Indian journal of veterinary science and animal husbandry - Volume 12,
Year: 1942
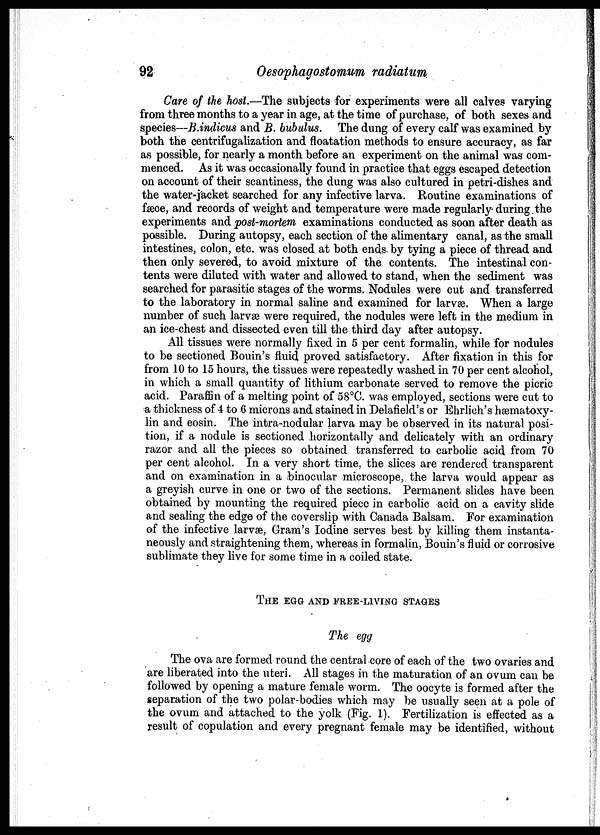
92
Oesophagostomum radiatum
Care of the host.—The subjects for experiments were all calves varying
from three months to a year in age, at the time of purchase, of both sexes and
species—B.indicus and B. bubulus. The dung of every calf was examined by
both the centrifugalization and floatation methods to ensure accuracy, as far
as possible, for nearly a month before an experiment on the animal was com-
menced. As it was occasionally found in practice that eggs escaped detection
on account of their scantiness, the dung was also cultured in petri-dishes and
the water-jacket searched for any infective larva. Routine examinations of
fæce, and records of weight and temperature were made regularly during the
experiments and post-mortem, examinations conducted as soon after death as
possible. During autopsy, each section of the alimentary canal, as the small
intestines, colon, etc. was closed at both ends by tying a piece of thread and
then only severed, to avoid mixture of the contents. The intestinal con-
tents were diluted with water and allowed to stand, when the sediment was
searched for parasitic stages of the worms. Nodules were cut and transferred
to the laboratory in normal saline and examined for larvæ. When a large
number of such larvæ were required, the nodules were left in the medium in
an ice-chest and dissected even till the third day after autopsy.
All tissues were normally fixed in 5 per cent formalin, while for nodules
to be sectioned Bouin's fluid proved satisfactory. After fixation in this for
from 10 to 15 hours, the tissues were repeatedly washed in 70 per cent alcohol,
in which a small quantity of lithium carbonate served to remove the picric
acid. Paraffin of a melting point of 58°C. was employed, sections were cut to
a thickness of 4 to 6 microns and stained in Delafield's or Ehrlich's hæmatoxy-
lin and eosin. The intra-nodular larva may be observed in its natural posi-
tion, if a nodule is sectioned horizontally and delicately with an ordinary
razor and all the pieces so obtained transferred to carbolic acid from 70
per cent alcohol. In a very short time, the slices are rendered transparent
and on examination in a binocular microscope, the larva would appear as
a greyish curve in one or two of the sections. Permanent slides have been
obtained by mounting the required piece in carbolic acid on a cavity slide
and sealing the edge of the coverslip with Canada Balsam. For examination
of the infective larvæ, Gram's Iodine serves best by killing them instanta-
neously and straightening them, whereas in formalin, Bouin's fluid or corrosive
sublimate they live for some time in a coiled state.
THE EGG AND FREE-LIVING STAGES
The egg
The ova are formed round the central core of each of the two ovaries and
are liberated into the uteri. All stages in the maturation of an ovum can be
followed by opening a mature female worm. The oocyte is formed after the
separation of the two polar-bodies which may be usually seen at a pole of
the ovum and attached to the yolk (Fig. 1). Fertilization is effected as a
result of copulation and every pregnant female may be identified, without